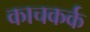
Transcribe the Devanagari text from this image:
काचकर्क